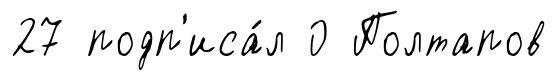
27 подп'иса́л 0 Полтапов